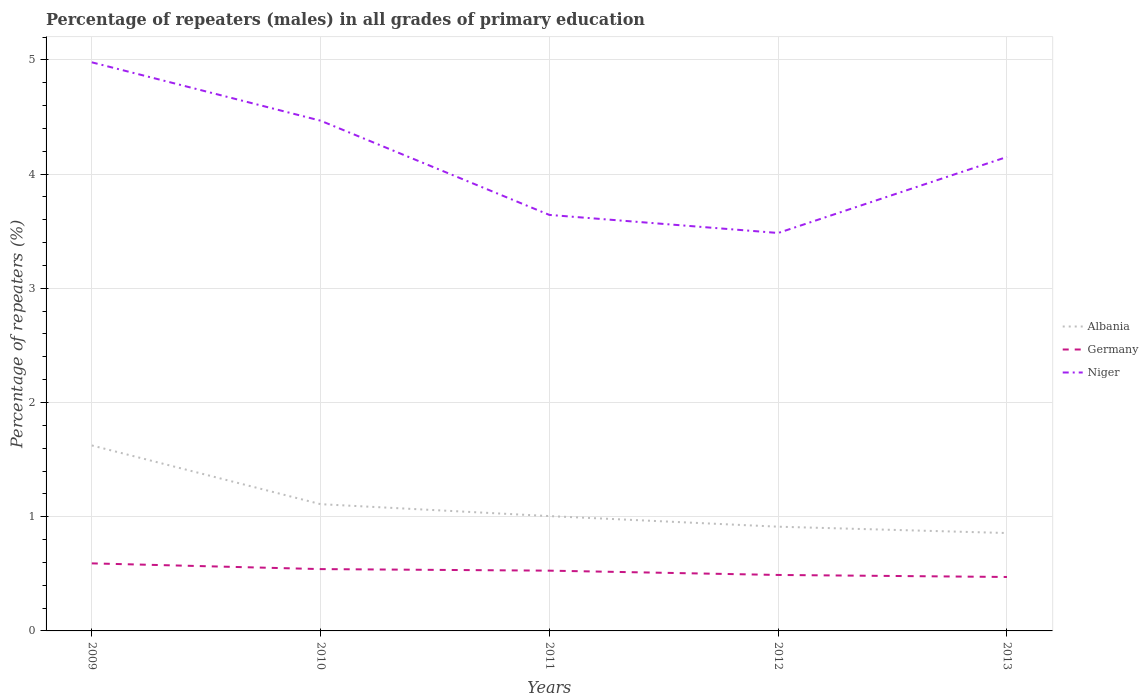
| Years | Albania | Germany | Niger |
 | --- | --- | --- | --- |
 | 2009 | 1.62 | 0.591 | 4.98 |
 | 2010 | 1.11 | 0.541 | 4.47 |
 | 2011 | 1.01 | 0.528 | 3.64 |
 | 2012 | 0.913 | 0.49 | 3.48 |
 | 2013 | 0.857 | 0.472 | 4.15 |